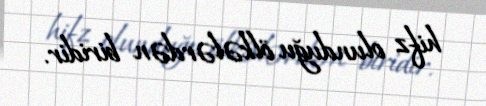
hifz olunduğu ölkələrdən biridir.